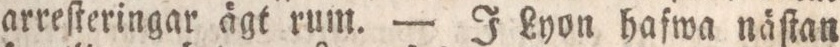
arreſteringar ägt rum. — I Lyon hafwa näſtan